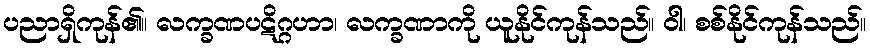
ပညာရှိကုန်၏။ လက္ခဏပဋိဂ္ဂဟာ၊ လက္ခဏာကို ယူနိုင်ကုန်သည်။ ဝါ၊ စစ်နိုင်ကုန်သည်။